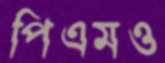
পিএমও